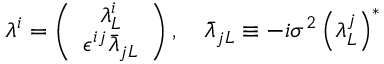
\lambda ^ { i } = \left( \begin{array} { c } { { \lambda _ { L } ^ { i } } } \\ { { \epsilon ^ { i j } \bar { \lambda } _ { j L } } } \end{array} \right) , \quad \bar { \lambda } _ { j L } \equiv - i \sigma ^ { 2 } \left( \lambda _ { L } ^ { j } \right) ^ { * }